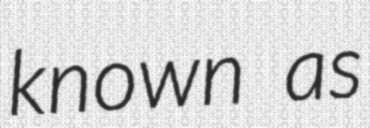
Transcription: known as